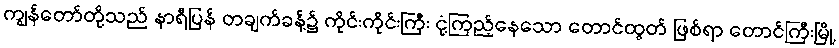
ကျွန်တော်တို့သည် နာရီပြန် တချက်ခန့်၌ ကိုင်းကိုင်းကြီး ငုံ့ကြည့်နေသော တောင်ထွတ် ဖြစ်ရာ တောင်ကြီးမြို့